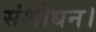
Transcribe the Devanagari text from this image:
संशोधन।